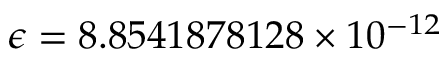
\epsilon = 8 . 8 5 4 1 8 7 8 1 2 8 \times 1 0 ^ { - 1 2 }